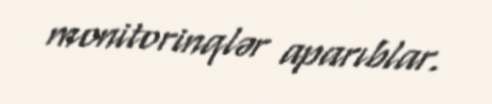
monitorinqlər aparıblar.